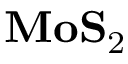
\mathbf { M o S } _ { 2 }